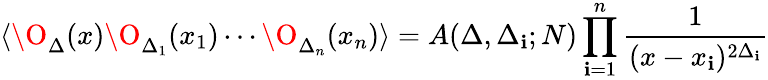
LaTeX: \langle\O_{\Delta}(x)\O_{\Delta_{1}}(x_{1})\cdots\O_{\Delta_{n}}(x_{n})\rangle=A(\Delta,\Delta_{\mathbf{i}};N)\prod_{\mathbf{i}=1}^{n}{\frac{{1}}{{(x-x_{\mathbf{i}})^{2\Delta_{\mathbf{i}}}}}}